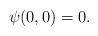
LaTeX: \begin{align*}\psi(0,0)=0.\end{align*}